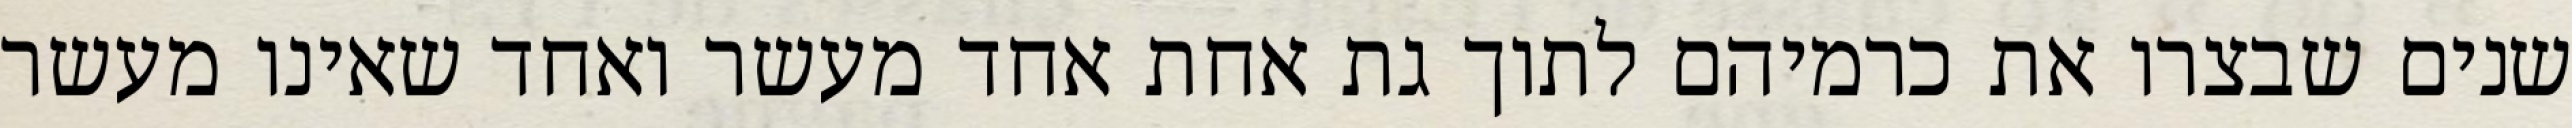
שנים שבצרו את כרמיהם לתוך גת אחת אחד מעשר ואחד שאינו מעשר